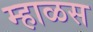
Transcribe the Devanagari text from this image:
म्हाळस